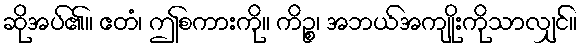
ဆိုအပ်၏။ ဧတံ၊ ဤစကားကို။ ကိဉ္စ၊ အဘယ်အကျိုးကိုသာလျှင်။